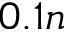
0 . 1 n